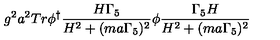
g ^ { 2 } a ^ { 2 } T r \phi ^ { \dagger } \frac { H \Gamma _ { 5 } } { H ^ { 2 } + ( m a \Gamma _ { 5 } ) ^ { 2 } } \phi \frac { \Gamma _ { 5 } H } { H ^ { 2 } + ( m a \Gamma _ { 5 } ) ^ { 2 } }